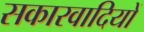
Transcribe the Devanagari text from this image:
सकारवादियों